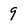
Character: 9